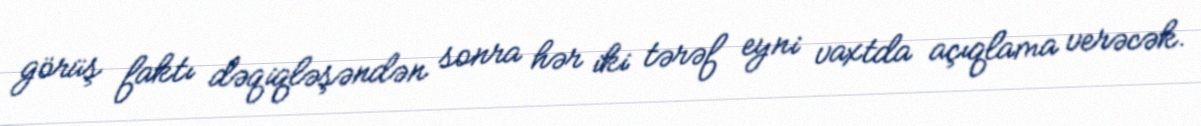
görüş faktı dəqiqləşəndən sonra hər iki tərəf eyni vaxtda açıqlama verəcək.